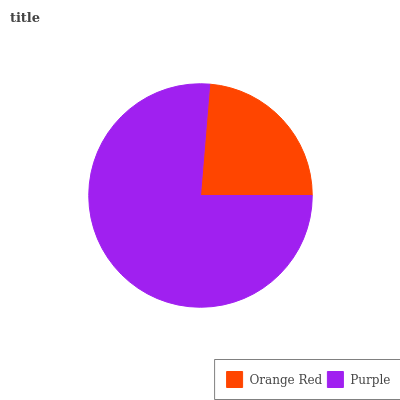
| Orange Red | Purple |
 | --- | --- |
 | 23.7% | 76.3% |